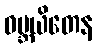
ဝမ္ဘယိတေန